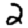
Digit: 2